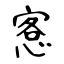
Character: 愙